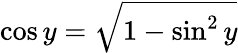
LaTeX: \cos y={\sqrt{1-\sin^{2}y}}